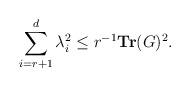
LaTeX: \begin{align*} \sum_{i=r+1}^{d}\lambda_i^2 \leq r^{-1}\mathbf{Tr}(G)^2. \end{align*}